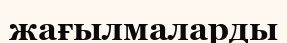
жағылмаларды